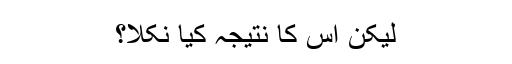
لیکن اس کا نتیجہ کیا نکلا؟